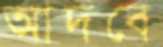
আদবে